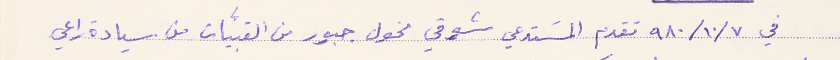
في ٧/ ١٠ /٩٨٠ تقدم المسَتدعي شوقي مخول جبور من القنبيّات من سيادة راعي